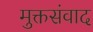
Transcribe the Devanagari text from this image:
मुक्तसंवाद